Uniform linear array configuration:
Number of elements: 48
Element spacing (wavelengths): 0.5
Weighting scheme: exponential
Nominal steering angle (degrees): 60
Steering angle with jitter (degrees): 59.415
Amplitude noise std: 0.05
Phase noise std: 0.05

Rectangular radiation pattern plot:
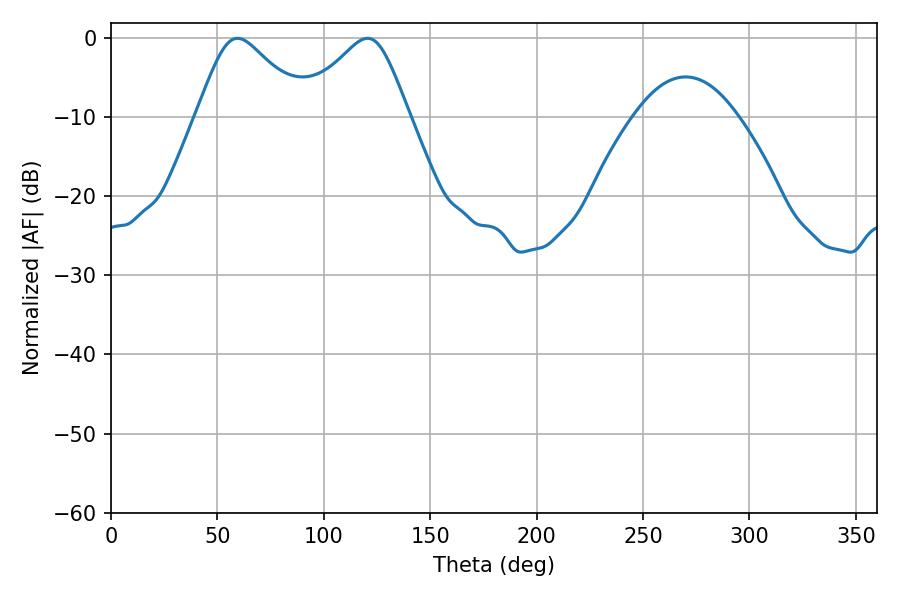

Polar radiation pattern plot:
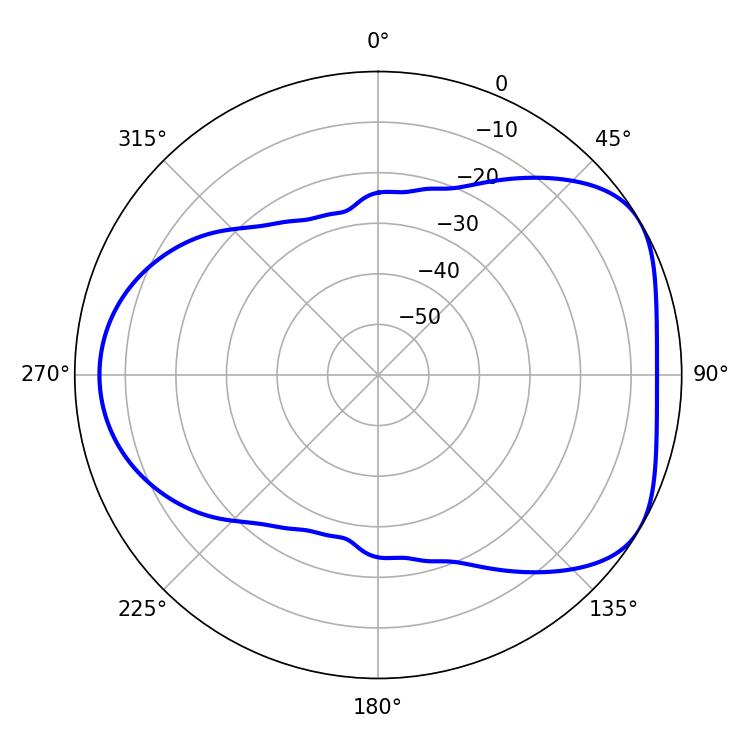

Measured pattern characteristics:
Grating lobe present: FALSE
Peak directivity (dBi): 4.841
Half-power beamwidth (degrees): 25.02
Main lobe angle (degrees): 59.4